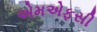
એમએફસી